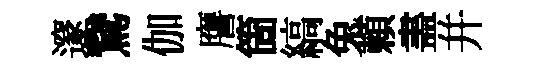
邃鵞伽譍箇縞兔頼𥁞并